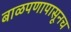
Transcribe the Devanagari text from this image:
बाळपणापासूनच